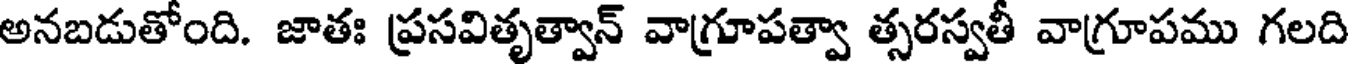
అనబడుతోంది. జాతః ప్రసవితృత్వాన్ వాగ్రూపత్వా త్సరస్వతీ వాగ్రూపము గలది